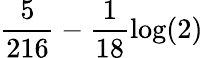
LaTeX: \frac{5}{216}-\frac{1}{18}\log(2)